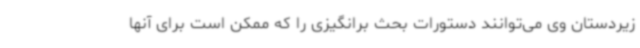
زیردستان وی می‌توانند دستورات بحث برانگیزی را که ممکن است برای آنها